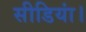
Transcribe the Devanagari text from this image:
सीडियां।